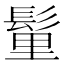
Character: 𩭇